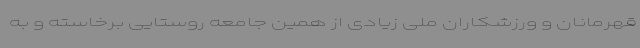
قهرمانان و ورزشکاران ملی زیادی از همین جامعه روستایی برخاسته و به